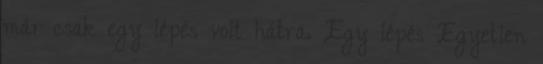
már csak egy lépés volt hátra. Egy lépés Egyetlen